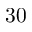
3 0